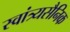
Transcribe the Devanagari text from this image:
स्वांत्र्यसैनिक